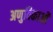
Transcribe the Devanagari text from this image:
अणुविकाओं